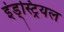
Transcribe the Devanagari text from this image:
इंड्स्ट्रियल